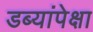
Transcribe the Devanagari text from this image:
डब्यांपेक्षा